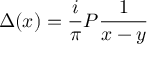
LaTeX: \Delta ( x ) = \frac { i } { \pi } { \cal P } \frac { 1 } { x - y }